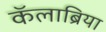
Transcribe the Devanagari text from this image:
कॅलाब्रिया